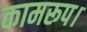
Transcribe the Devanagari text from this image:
कामरूप।